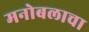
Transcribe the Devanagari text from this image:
मनोबलाचा